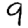
Digit: 9